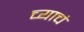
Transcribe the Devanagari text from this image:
च्याचं